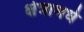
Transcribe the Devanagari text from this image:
क्षेत्रामधे